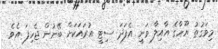
މިވަގުތު ޔޫހާގެ އާއިލާ ވަނީ އެފަދަ ސިޓީ އުރައަކަށް ބޭނުން ޖެހިފަ އެވެ.